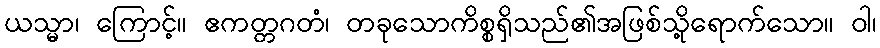
ယသ္မာ၊ ကြောင့်။ ဧကတ္တဂတံ၊ တခုသောကိစ္စရှိသည်၏အဖြစ်သို့ရောက်သော။ ဝါ၊